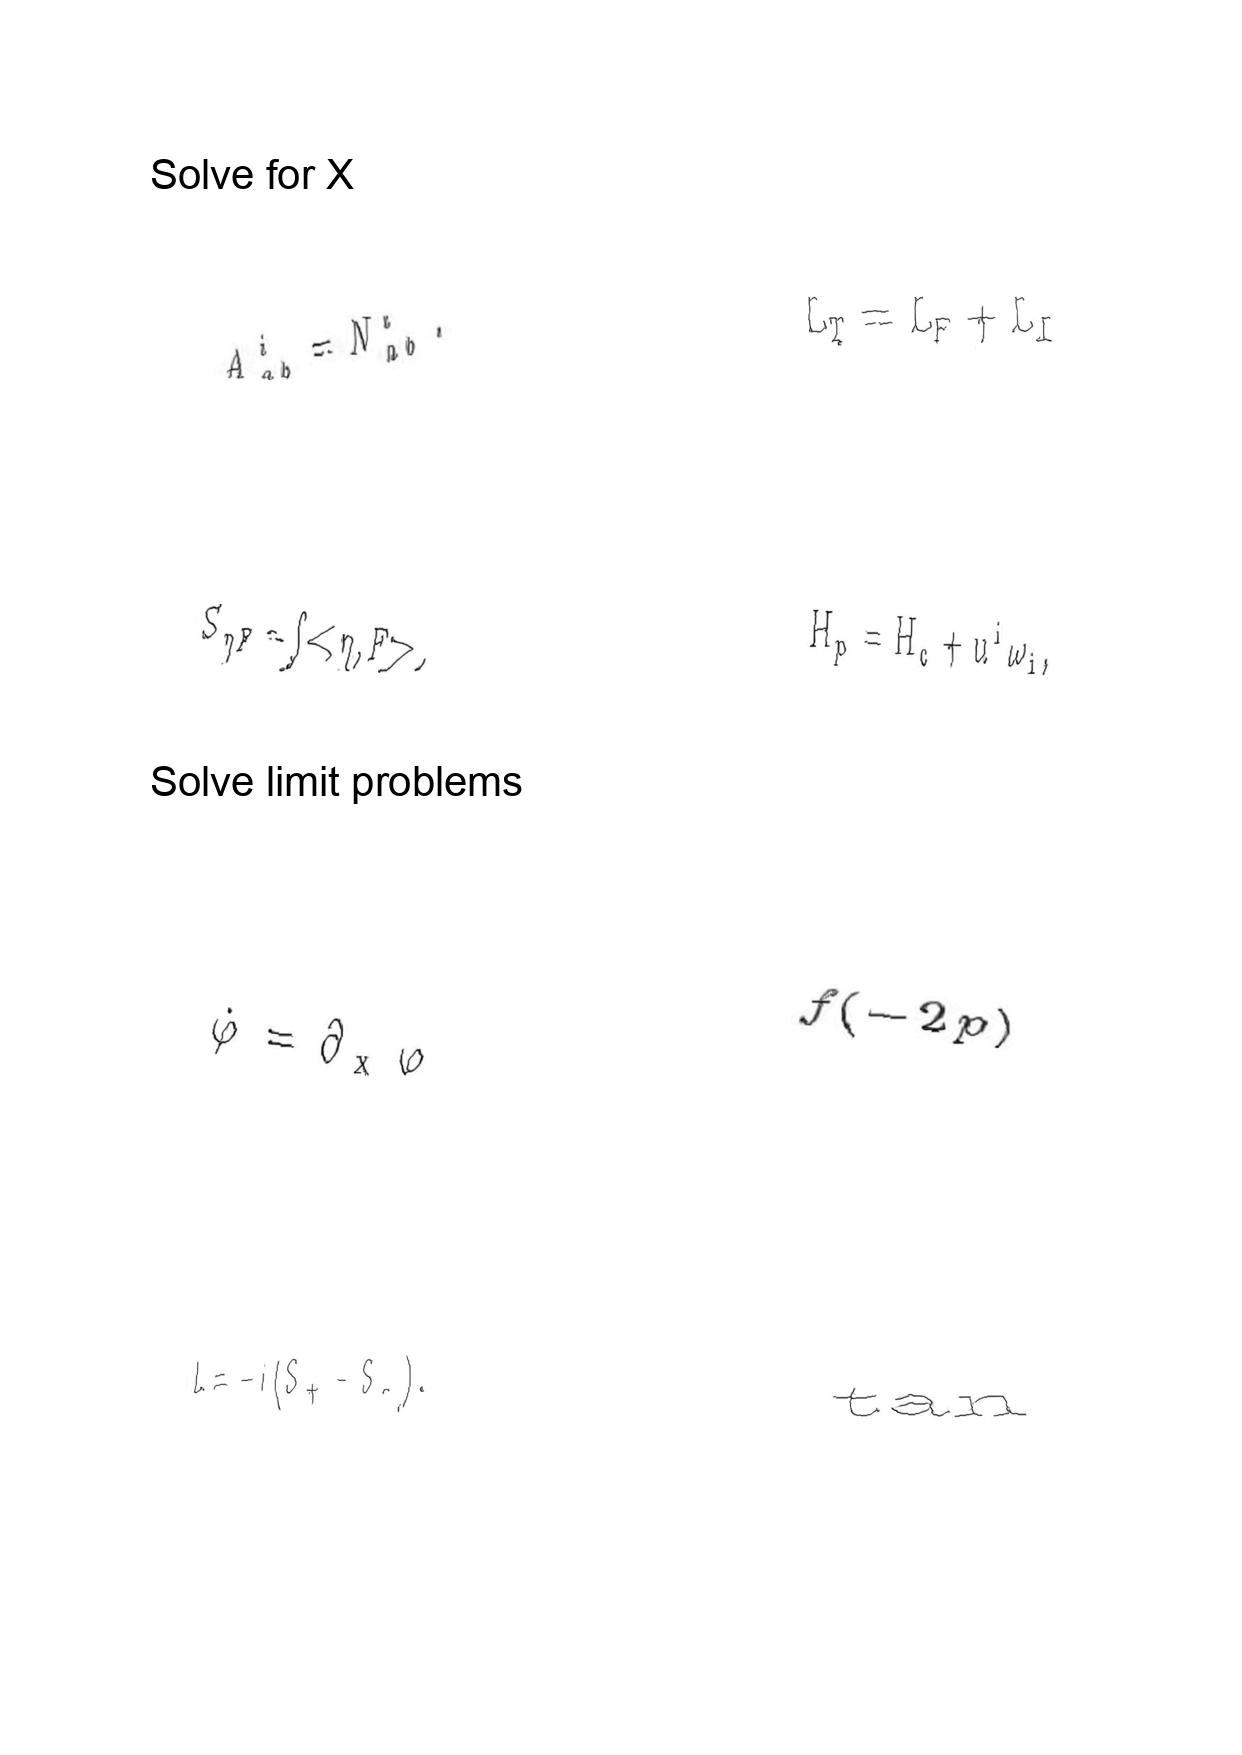
LaTeX transcription:
A _ { a b } ^ { i } = N _ { a b } ^ { i } .
S _ { \eta F } = \int \lt \eta , F \gt .
\dot { \varphi } = \partial _ { x } \varphi
L = - i \lparen S _ { + } - S _ { - } \rparen .
L _ { T } = L _ { F } + L _ { I }
H _ { p } = H _ { c } + u ^ { i } \omega _ { i } ,
f \lparen - 2 p \rparen
\tan